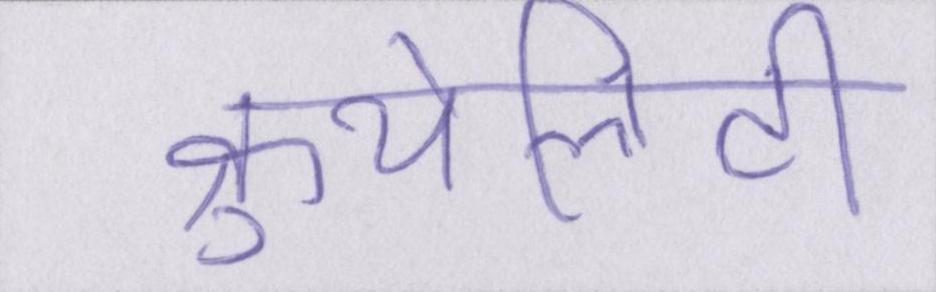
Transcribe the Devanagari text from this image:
क्रुयेलिटी